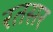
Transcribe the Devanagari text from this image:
रतसर